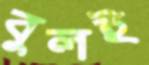
বুলই